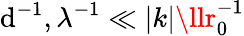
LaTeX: \mathrm{d}^{-1},\lambda^{-1}\ll|k|\llr_{0}^{-1}